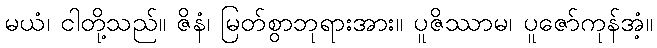
မယံ၊ ငါတို့သည်။ ဇိနံ၊ မြတ်စွာဘုရားအား။ ပူဇိဿာမ၊ ပူဇော်ကုန်အံ့။